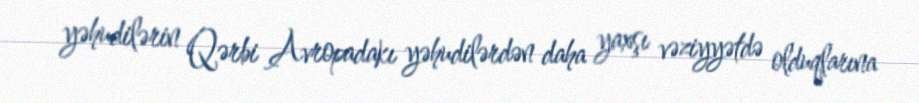
yəhudilərin Qərbi Avropadakı yəhudilərdən daha yaxşı vəziyyətdə olduqlarına